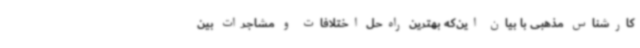
کارشناس مذهبی با بیان این‌که بهترین راه‌حل اختلافات و مشاجرات بین